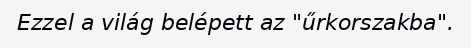
Ezzel a világ belépett az "űrkorszakba".